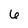
Character: 6